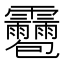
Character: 𩇌